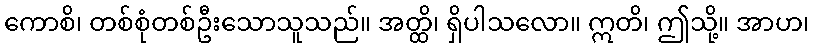
ကောစိ၊ တစ်စုံတစ်ဦးသောသူသည်။ အတ္ထိ၊ ရှိပါသလော။ ဣတိ၊ ဤသို့။ အာဟ၊